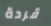
قردة